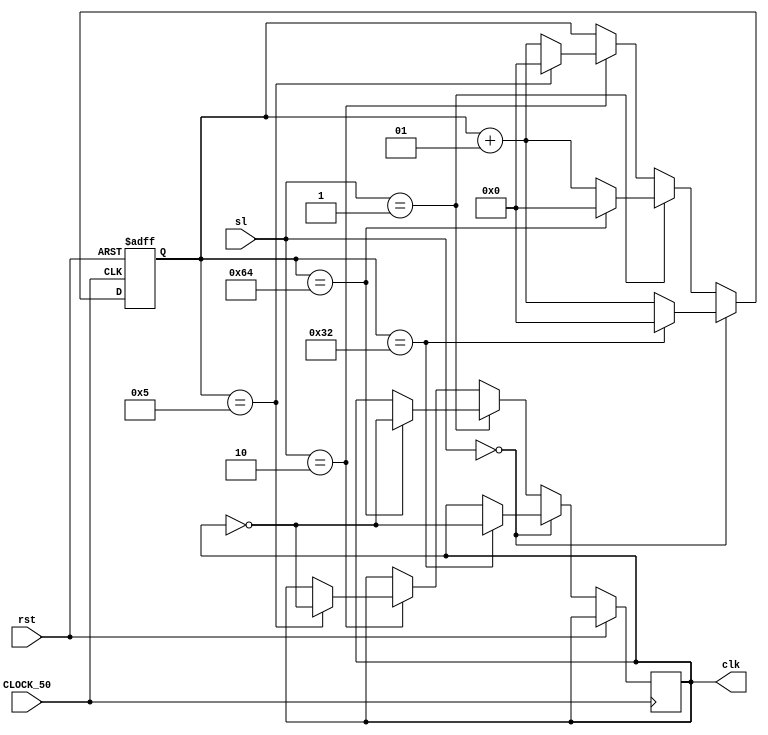
module clock( CLOCK_50,clk,rst, sl);
input CLOCK_50,rst;
input [1:0]sl;
output clk;
reg clk= 1'b0;
integer q=0;
always @(posedge CLOCK_50 or posedge rst) 
begin
if (rst==1) 
	 begin
	    q <=0;
	 end
else //////bat dau chia 
	begin
	  if(sl == 2'b00)
	    begin
	       q<=q+1;
	       if(q==50)
	       begin
	        q<=0;
	        clk <= ~clk;
	       end
	    end
	  else if(sl == 2'b01)
	    begin
	      q<=q+1;
	       if(q==100)
	       begin
	        q<=0;
	        clk <= ~clk;
	       end
	    end 
	   else if(sl == 2'b10)
	    begin
	      q<=q+1;
	       if(q==5)
	       begin
	        q<=0;
	        clk <= ~clk;
	       end
	    end 
	end 
end
endmodule